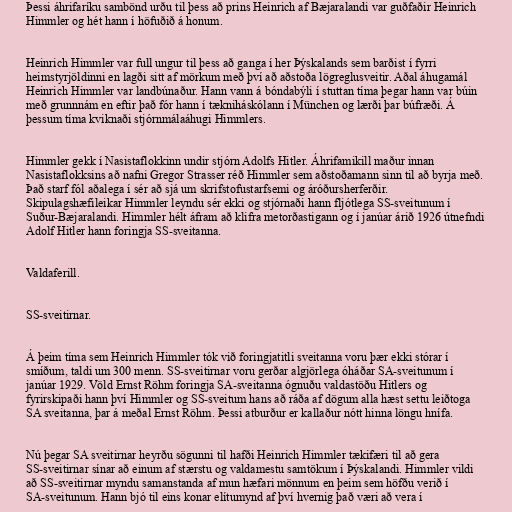
Þessi áhrifaríku sambönd urðu til þess að prins Heinrich af Bæjaralandi var guðfaðir Heinrich
Himmler og hét hann í höfuðið á honum.

Heinrich Himmler var full ungur til þess að ganga í her Þýskalands sem barðist í fyrri
heimstyrjöldinni en lagði sitt af mörkum með því að aðstoða lögreglusveitir. Aðal áhugamál
Heinrich Himmler var landbúnaður. Hann vann á bóndabýli í stuttan tíma þegar hann var búin
með grunnnám en eftir það fór hann í tækniháskólann í München og lærði þar búfræði. Á
þessum tíma kviknaði stjórnmálaáhugi Himmlers.

Himmler gekk í Nasistaflokkinn undir stjórn Adolfs Hitler. Áhrifamikill maður innan
Nasistaflokksins að nafni Gregor Strasser réð Himmler sem aðstoðamann sinn til að byrja með.
Það starf fól aðalega í sér að sjá um skrifstofustarfsemi og áróðursherferðir.
Skipulagshæfileikar Himmler leyndu sér ekki og stjórnaði hann fljótlega SS-sveitunum í
Suður-Bæjaralandi. Himmler hélt áfram að klifra metorðastigann og í janúar árið 1926 útnefndi
Adolf Hitler hann foringja SS-sveitanna.

Valdaferill.

SS-sveitirnar.

Á þeim tíma sem Heinrich Himmler tók við foringjatitli sveitanna voru þær ekki stórar í
smíðum, taldi um 300 menn. SS-sveitirnar voru gerðar algjörlega óháðar SA-sveitunum í
janúar 1929. Völd Ernst Röhm foringja SA-sveitanna ógnuðu valdastöðu Hitlers og
fyrirskipaði hann því Himmler og SS-sveitum hans að ráða af dögum alla hæst settu leiðtoga
SA sveitanna, þar á meðal Ernst Röhm. Þessi atburður er kallaður nótt hinna löngu hnífa.

Nú þegar SA sveitirnar heyrðu sögunni til hafði Heinrich Himmler tækifæri til að gera
SS-sveitirnar sínar að einum af stærstu og valdamestu samtökum í Þýskalandi. Himmler vildi
að SS-sveitirnar myndu samanstanda af mun hæfari mönnum en þeim sem höfðu verið í
SA-sveitunum. Hann bjó til eins konar elítumynd af því hvernig það væri að vera í